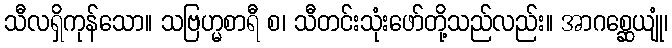
သီလရှိကုန်သော။ သဗြဟ္မစာရီ စ၊ သီတင်းသုံးဖော်တို့သည်လည်း။ အာဂစ္ဆေယျုံ၊